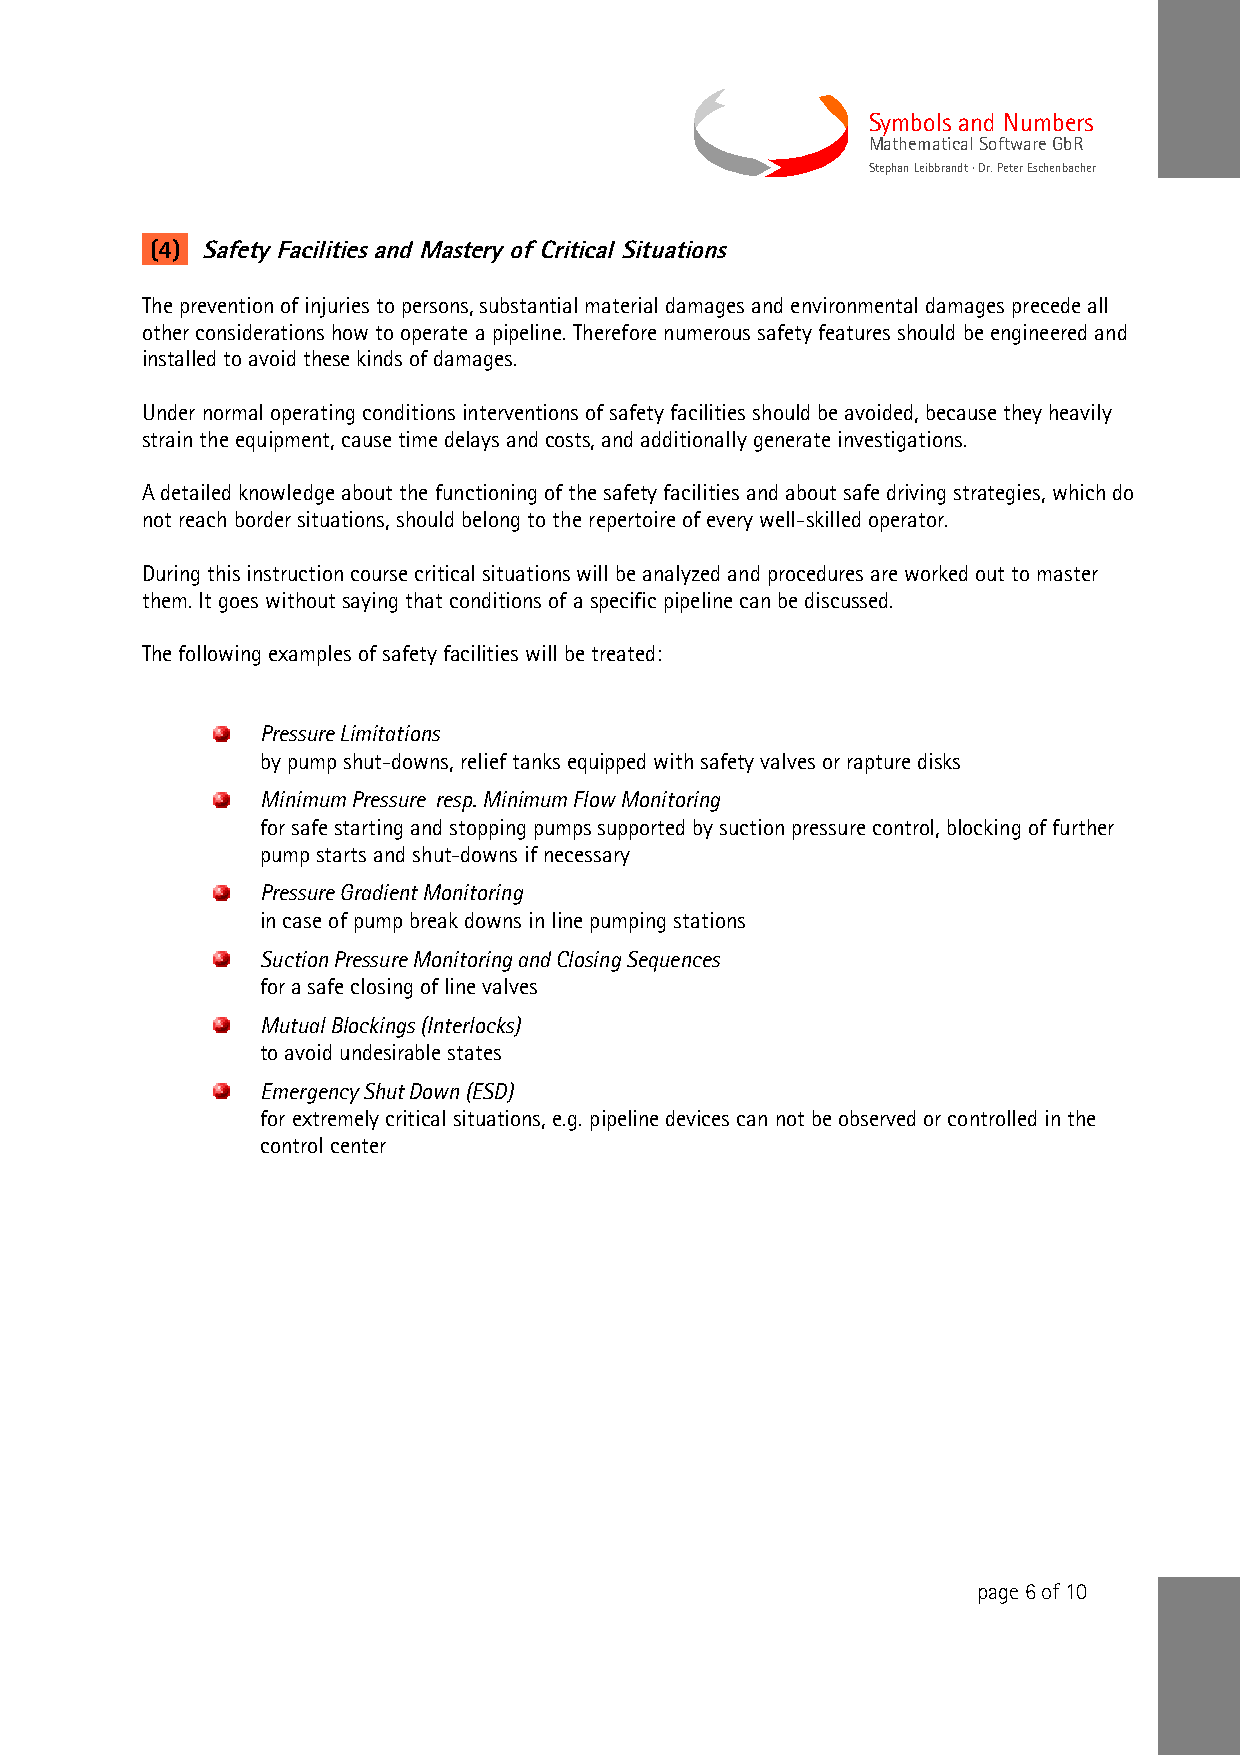
Symbols and Numbers
 Mathematical Software GbR
 Stephan Leibbrandt · Dr. Peter Eschenbacher
 (4) Safety Facilities and Mastery of Critical Situations
 The prevention of injuries to persons, substantial material damages and environmental damages precede all
 other considerations how to operate a pipeline. Therefore numerous safety features should be engineered and
 installed to avoid these kinds of damages.
 Under normal operating conditions interventions of safety facilities should be avoided, because they heavily
 strain the equipment, cause time delays and costs, and additionally generate investigations.
 A detailed knowledge about the functioning of the safety facilities and about safe driving strategies, which do
 not reach border situations, should belong to the repertoire of every well-skilled operator.
 During this instruction course critical situations will be analyzed and procedures are worked out to master
 them. It goes without saying that conditions of a specific pipeline can be discussed.
 The following examples of safety facilities will be treated:
 Pressure Limitations
 by pump shut-downs, relief tanks equipped with safety valves or rapture disks
 Minimum Pressure resp. Minimum Flow Monitoring
 for safe starting and stopping pumps supported by suction pressure control, blocking of further
 pump starts and shut-downs if necessary
 Pressure Gradient Monitoring
 in case of pump break downs in line pumping stations
 Suction Pressure Monitoring and Closing Sequences
 for a safe closing of line valves
 Mutual Blockings (Interlocks)
 to avoid undesirable states
 Emergency Shut Down (ESD)
 for extremely critical situations, e.g. pipeline devices can not be observed or controlled in the
 control center
 page 6 of 10